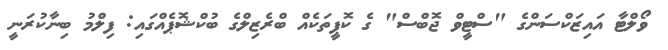
ވޯލްޓާ އައިޒަކްސަންގެ "ސްޓީވް ޖޮބްސް" ގެ ކޮޕީތަކެއް ބްރެޒިލްގެ ބުކްޝޮޕެއްގައި: ފިލްމު ބިނާކުރަނީ